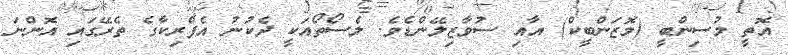
އޮތީ މުސިންބީ (މޮޒަންބީކް) އާއި ސުވާޒިލޭންޑެވެ. ލެސޯތޯއަކީ ދެކުނު އެފްރިކާގެ ތެރޭގައި އޮންނަ